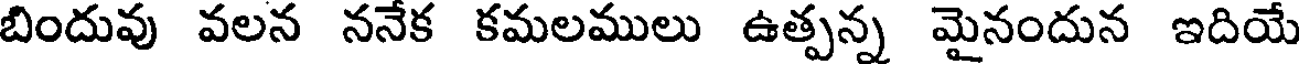
బిందువు వలన ననేక కమలములు ఉత్పన్న మైనందున ఇదియే